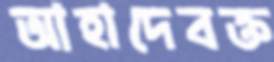
আহাদেবক্ত